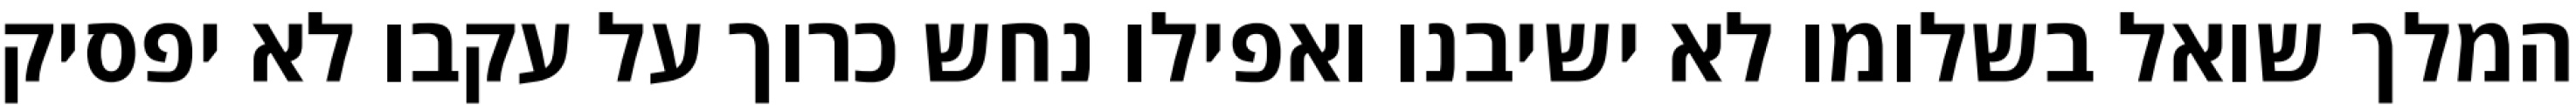
המלך שואל בשלומו לא ישיבנו ואפילו נחש כרוך על עקבו לא יפסיק